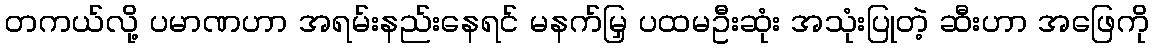
တကယ်လို့ ပမာဏဟာ အရမ်းနည်းနေရင် မနက်မြှ ပထမဦးဆုံး အသုံးပြုတဲ့ ဆီးဟာ အဖြေကို